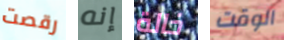
رقصت إنه خالة الوقت